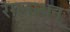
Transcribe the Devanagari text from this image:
रंगनाथन्‌